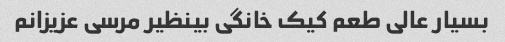
بسیار عالی طعم کیک خانگی بینظیر مرسی عزیزانم